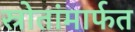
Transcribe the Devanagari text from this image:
स्रोतांमार्फत